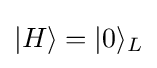
|H\rangle =|0\rangle _{L}